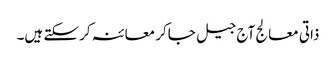
ذاتی معالج آج جیل جاکر معائنہ کرسکتے ہیں۔